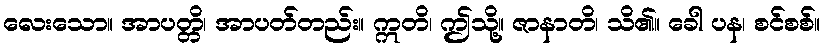
လေးသော။ အာပတ္တိ၊ အာပတ်တည်း။ ဣတိ၊ ဤသို့။ ဇာနာတိ၊ သိ၏။ ခေါ ပန၊ စင်စစ်။